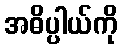
အဓိပ္ပါယ်ကို